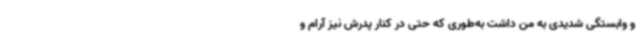
و وابستگی شدیدی به من داشت به‌طوری که حتی در کنار پدرش نیز آرام و